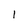
Character: l